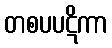
တစပပဋိကာ